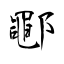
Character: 鄳